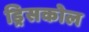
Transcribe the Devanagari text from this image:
ड्रिसकोल